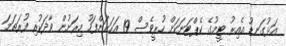
އަޅުގަނޑު އެއިރު ޓީމުގެ ކެޕްޓަނަކަށް ހުރީވެސް. 19 އަހަރަށްފަހު މިރަށުން ވާދަކުރި ފުރަތަމަ